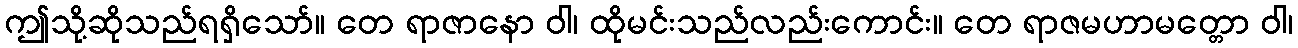
ဤသို့ဆိုသည်ရရှိသော်။ တေ ရာဇာနော ဝါ၊ ထိုမင်းသည်လည်းကောင်း။ တေ ရာဇမဟာမတ္တော ဝါ၊